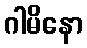
ဂါမိနော